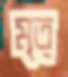
মৃত্